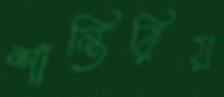
শান্তিরিয়